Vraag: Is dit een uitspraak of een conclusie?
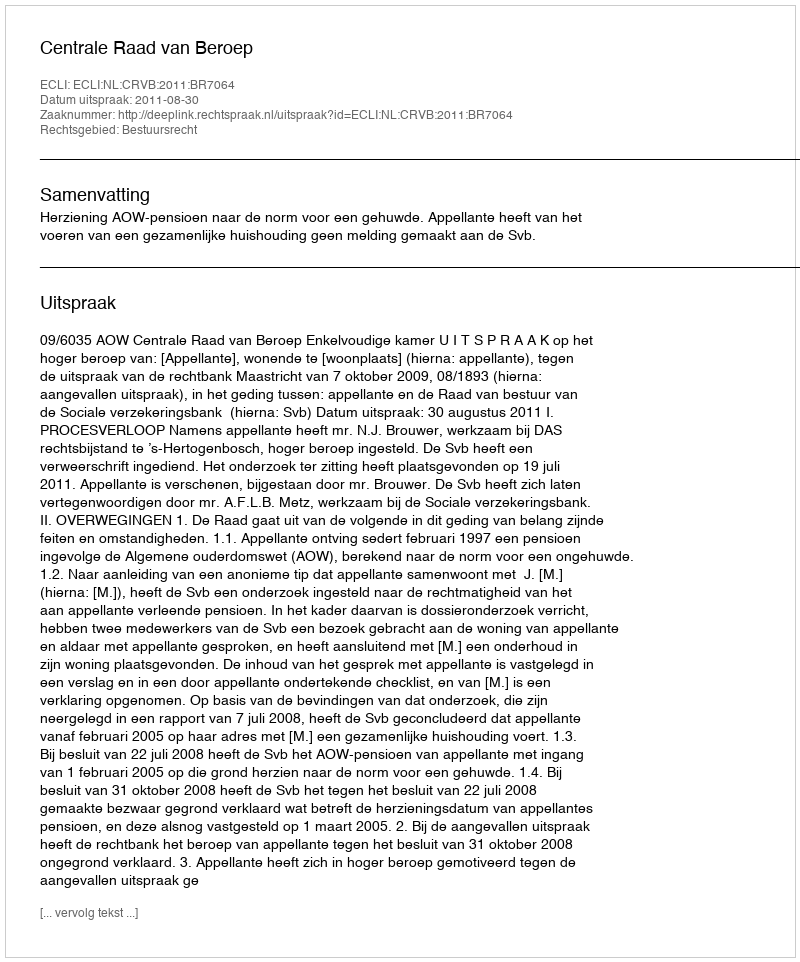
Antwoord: Uitspraak